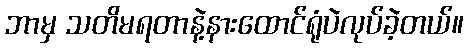
ဘာမှ သတိမရတာနဲ့နားထောင်ရုံပဲလုပ်ခဲ့တယ်။